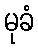
မုခံ